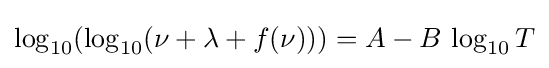
\log _{10}(\log _{10}(\nu +\lambda +f(\nu )))=A-B\,\log _{10}T